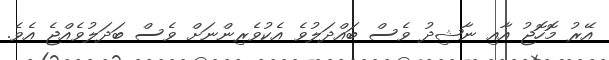
އޭރު މޮހޮޖު އާއި ނާޝިދު ވެސް ބައްދަލުވެ އެކުވެރިިންނަށް ވެސް ބަދަލުވެއްޖެ އެވެ.